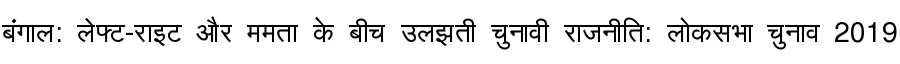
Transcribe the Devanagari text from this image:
बंगाल: लेफ्ट-राइट और ममता के बीच उलझती चुनावी राजनीति: लोकसभा चुनाव 2019